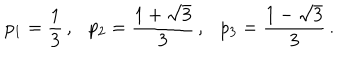
LaTeX: p _ { 1 } = \frac { 1 } { 3 } \, , p _ { 2 } = \frac { 1 + \sqrt { 3 } } { 3 } \, , p _ { 3 } = \frac { 1 - \sqrt { 3 } } { 3 } \, .